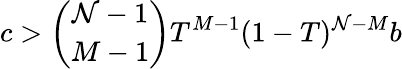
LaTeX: c>\binom{\mathcal{N}-1}{M-1}T^{M-1}(1-T)^{\mathcal{N}-M}b